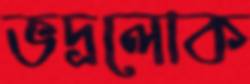
ভদ্রলোক